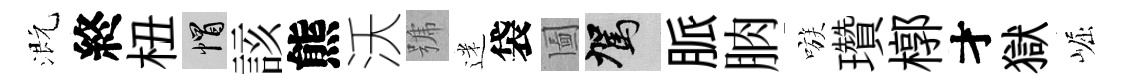
溉終杻帽該熊沃號迷袋圗駕脈朒嗾瓚槨才獄崛